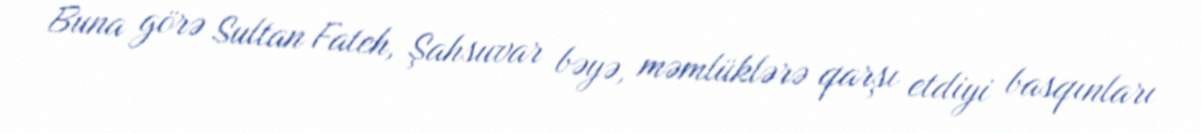
Buna görə Sultan Fateh, Şahsuvar bəyə, məmlüklərə qarşı etdiyi basqınları